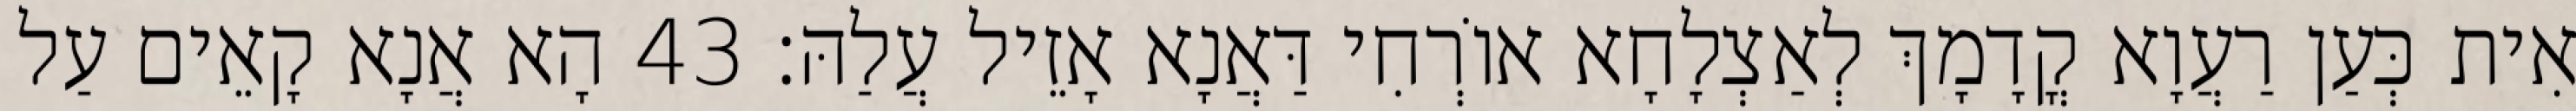
אִית כְּעַן רַעֲוָא קֳדָמָךְ לְאַצְלָחָא אוֹרְחִי דַּאֲנָא אָזֵיל עֲלַהּ׃ 43 הָא אֲנָא קָאֵים עַל